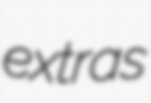
extras